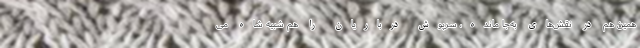
همین هم در نقش‌های به‌جا مانده، سرپوش درباریان را هم شبیه شاه می‌